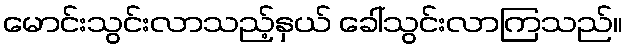
မောင်းသွင်းလာသည့်နှယ် ခေါ်သွင်းလာကြသည်။